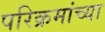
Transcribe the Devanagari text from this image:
परिक्रमांच्या